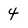
Character: 4